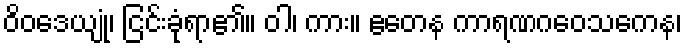
ဝိဝဒေယျုံ၊ ငြင်းခုံရာ၏။ ဝါ၊ ကား။ ဧတေန ကာရဏဂဝေသကေန၊